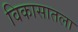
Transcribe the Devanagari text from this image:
विकासातला